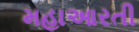
મહાઆરતી